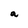
Character: a